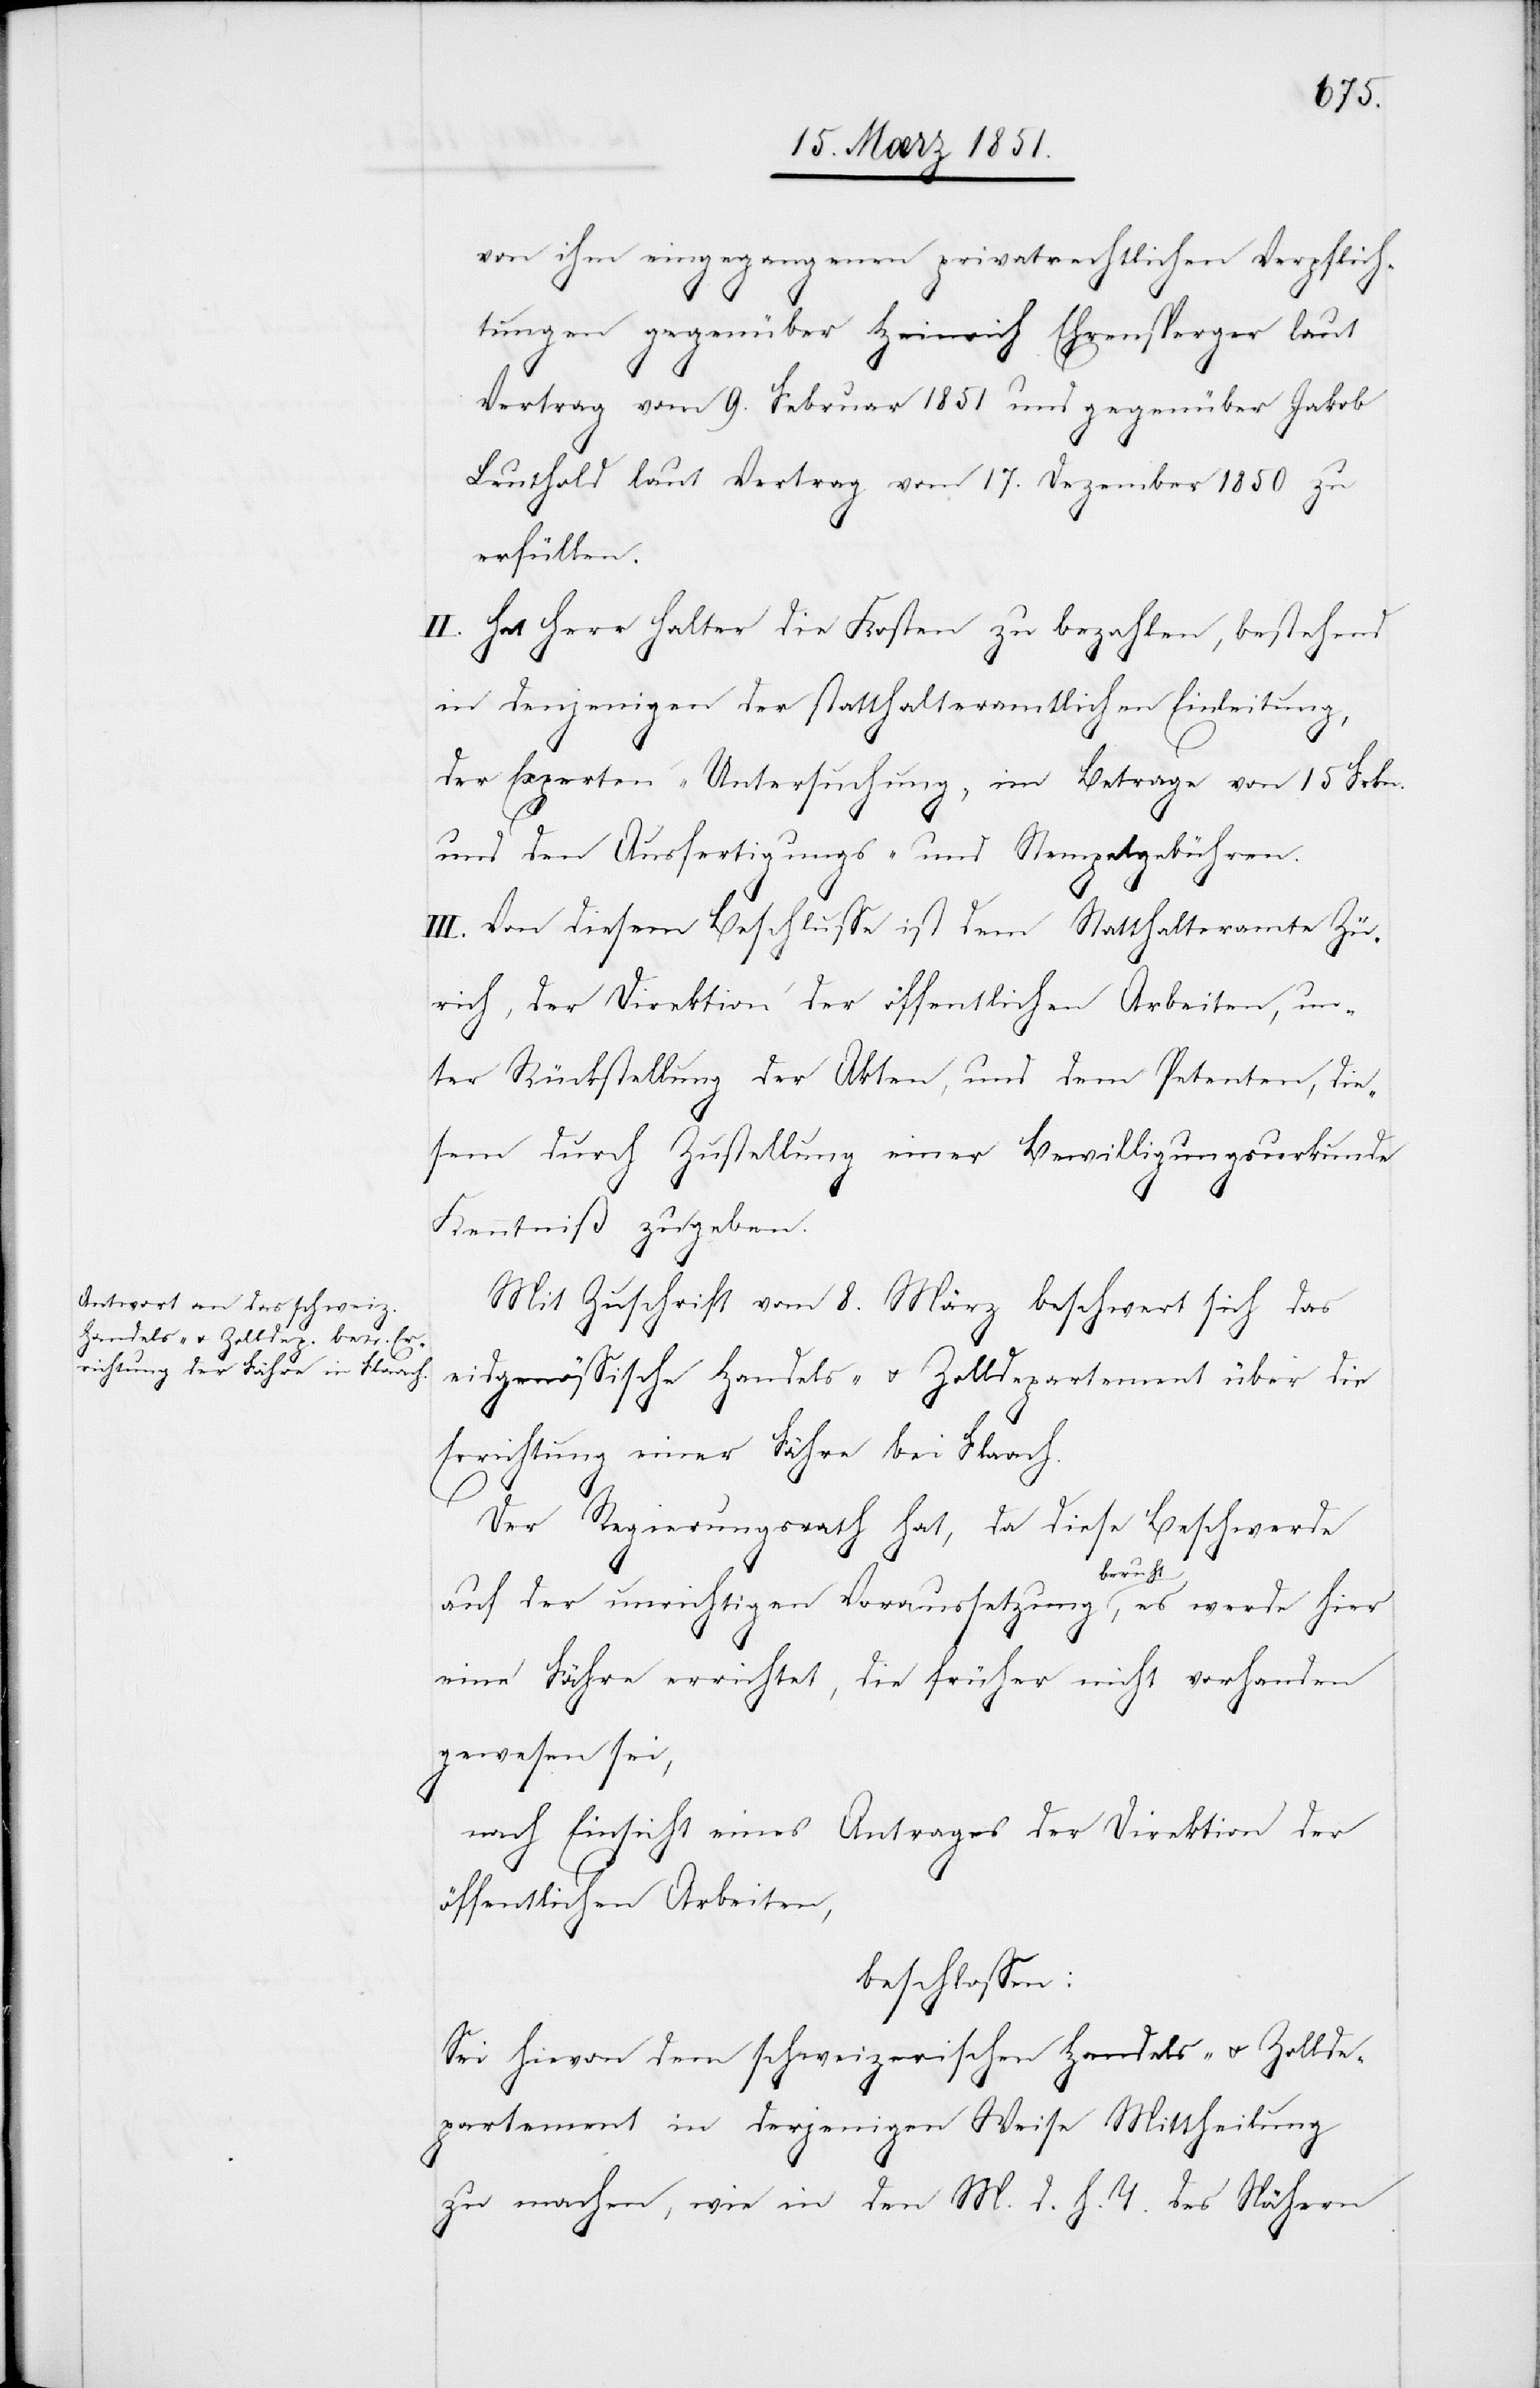
von ihm eingegangenen privatrechtlichen Verpflich¬
tungen gegenüber Heinrich Ehrensperger laut
Vertrag vom 9. Februar 1851 und gegenüber Jakob
Leuthold laut Vertrag vom 17. Dezember 1850 zu
erfüllen.
II. Hat Herr Halter die Kosten zu bezahlen, bestehend
in denjenigen der statthalteramtlichen Einleitung,
der Experten-Untersuchung, im Betrage von 15 Frkn.
und den Ausfertigungs- und Stempelgebühren.
III. Von diesem Beschlusse ist dem Statthalteramte Zü¬
rich, der Direktion der öffentlichen Arbeiten, un¬
ter Rückstellung der Akten, und dem Petenten, die¬
sem durch Zustellung einer Bewilligungsurkunde
Kenntniß zu geben.
Mit Zuschrift vom 8. März beschwert sich das
eidgenössische Handels- u. Zolldepartement über die
Errichtung einer Fähre bei Flaach.
Der Regierungsrath hat, da diese Beschwerde
auf der unrichtigen Voraussetzung beruht, es werde hier
eine Fähre errichtet, die früher nicht vorhanden
gewesen sei,
nach Einsicht eines Antrages der Direktion der
öffentlichen Arbeiten,
beschlossen:
Sei hievon dem schweizerischen Handels- u. Zollde¬
partement in derjenigen Weise Mittheilung
zu machen, wie in den M. d. h. T. des Nähern